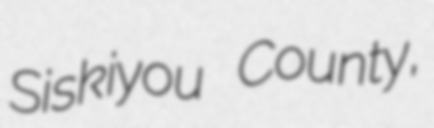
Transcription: Siskiyou County,